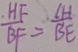
\frac { H F } { B F } = \frac { \vert C H \vert } { B E }